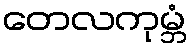
တေလကုမ္ဘံ